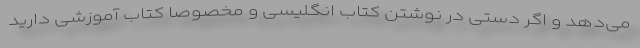
می‌دهد و اگر دستی در نوشتن کتاب‌ انگلیسی و مخصوصا کتاب آموزشی دارید